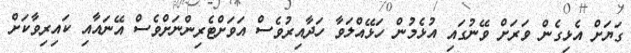
ގަޔަށް އެޅިގެން ވަރަށް ވޭނުގައި އުޅެމުން ހަޅޭއްލަވާ ހަދާއިރުވެސް އަވަށްޓެރިންނަށްވެސް އޭނައާއި ކައިރިވާކަށް